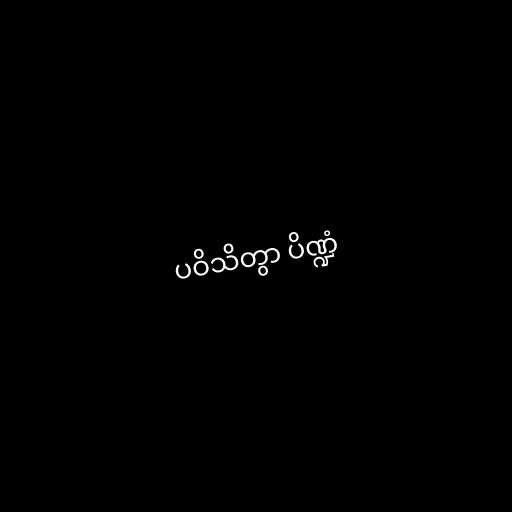
ပဝိသိတွာ ပိဏ္ဍံ